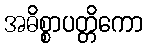
အဓိစ္စာပတ္တိကော